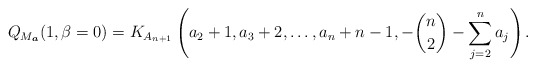
\begin{gather*}Q_{M_{\boldsymbol{a}}}(1,\beta=0)= K_{A_{n+1}}\left(a_{2}+1,a_{3}+2,\ldots,a_{n}+n-1,- {n \choose 2} - \sum_{j=2}^{n} a_j\right) .\end{gather*}